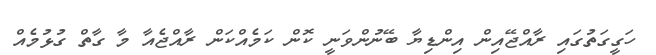
ހަގީގަތުގައި ރާއްޖޭއިން އިންޑިޔާ ބޭނުންވަނީ ކޮން ކަމެއްކަން ރާއްޖެއާ މާ ގާތް ގުޅުމެއް